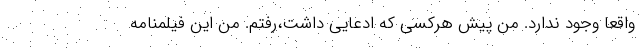
واقعا وجود ندارد. من پیش هرکسی که ادعایی داشت،رفتم. من این فیلمنامه